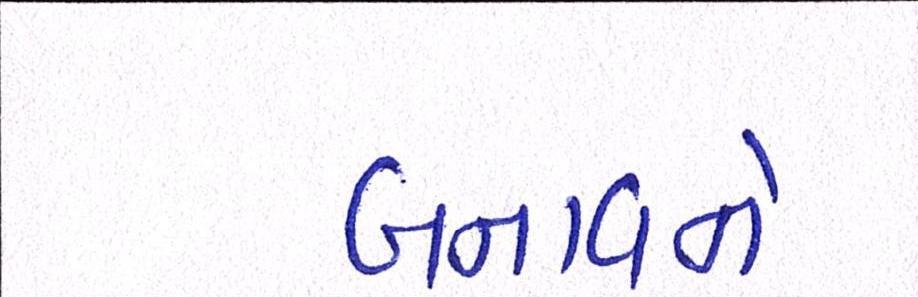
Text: બનાવને